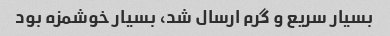
بسیار سریع و گرم ارسال شد، بسیار خوشمزه بود